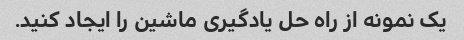
یک نمونه از راه حل یادگیری ماشین را ایجاد کنید.